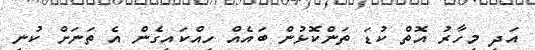
އަދި މިހާރު އޮތް ކުޑަ ތަންކޮޅުން ބައެއް ހިއްކައިގެން އެ ތަނަށް ކުނި